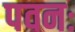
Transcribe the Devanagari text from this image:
पवनः